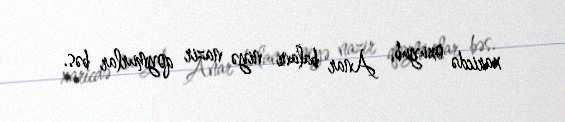
xaricdə oxuyub, Anar balanı niyə nazir qoymurlar bəs.